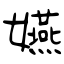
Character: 嬿